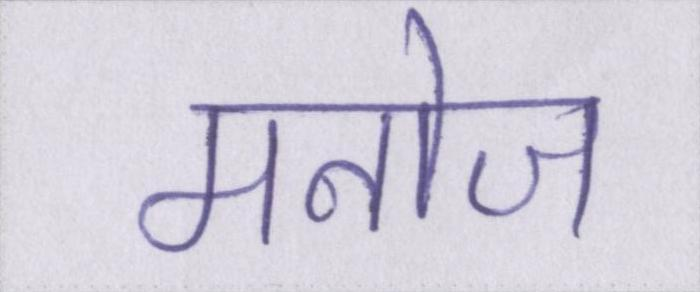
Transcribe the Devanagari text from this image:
मनोज